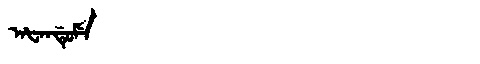
Manchu: ᠠᡶᠠᠨᡩᡠᠮᡝ
Romanization: AFANDUME